Report on vaccination proceedings throughout the Government of Bengal -
Year: 1868
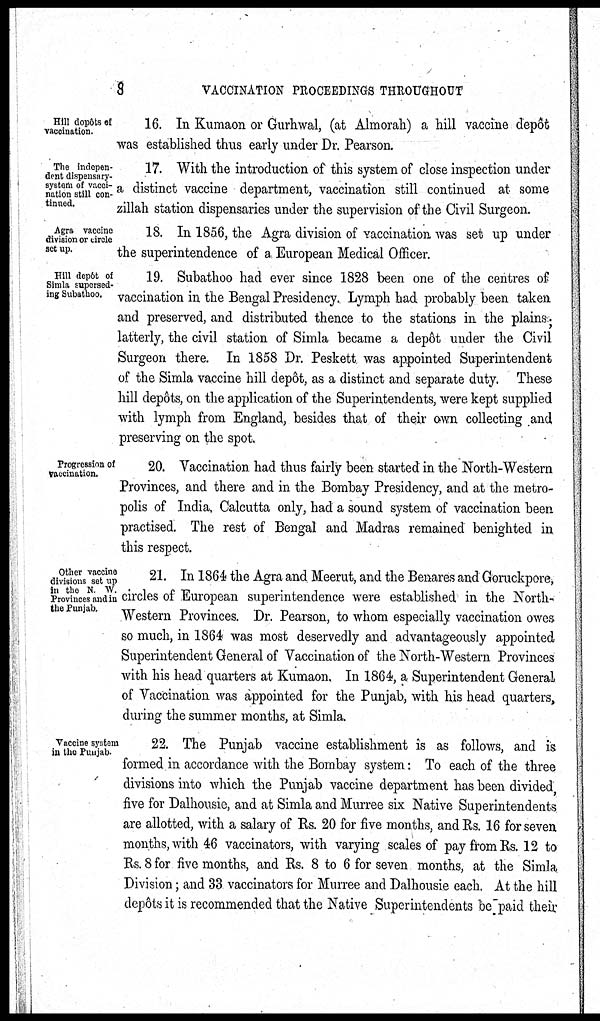
8
VACCINATION PROCEEDINGS THROUGHOUT
Hill dopôts of
vaccination.
16. In Kumaon or Gurhwal, (at Almorah) a hill vaccine depôt
was established thus early under Dr. Pearson.
The indepen-
dent dispensary¬
system of vacci-
nation still con-
tinued.
17. With the introduction of this system of close inspection under
a distinct vaccine department, vaccination still continued at some
zillah station dispensaries under the supervision of the Civil Surgeon.
Agra vaccine
division or circle
set up.
18. In 1856, the Agra division of vaccination was set up under
the superintendence of a European Medical Officer.
Hill depôt of
Simla supersed-
ing Subathoo.
19. Subathoo had ever since 1828 been one of the centres of
vaccination in the Bengal Presidency. Lymph had probably been taken
and preserved, and distributed thence to the stations in the plains;
latterly, the civil station of Simla became a depôt under the Civil
Surgeon there. In 1858 Dr. Peskett was appointed Superintendent
of the Simla vaccine hill depôt, as a distinct and separate duty. These
hill depôts, on the application of the Superintendents, were kept supplied
with lymph from England, besides that of their own collecting and
preserving on the spot.
Progression of
Vaccination.
20. Vaccination had thus fairly been started in the North-Western
Provinces, and there and in the Bombay Presidency, and at the metro-
polis of India, Calcutta only, had a sound system of vaccination been
practised. The rest of Bengal and Madras remained benighted in
this respect.
Other vaccine
divisions set up
in the N W.
Provinces and in
the Punjab.
21. In 1864 the Agra and Meerut, and the Benares and Goruckpore,
circles of European superintendence were established in the North¬
Western Provinces. Dr. Pearson, to whom especially vaccination owes
so much, in 1864 was most deservedly and advantageously appointed
Superintendent General of Vaccination of the North-Western Provinces
with his head quarters at Kumaon. In 1864, a Superintendent General
of Vaccination was appointed for the Punjab, with his head quarters,
during the summer months, at Simla.
Vaccine system
in the Punjab-
22. The Punjab vaccine establishment is as follows, and is
formed in accordance with the Bombay system: To each of the three
divisions into which the Punjab vaccine department has been divided,
five for Dalhousie, and at Simla and Murree six Native Superintendents
are allotted, with a salary of Rs. 20 for five months, and Rs. 16 for seven
months, with 46 vaccinators, with varying scales of pay from Rs. 12 to
Rs. 8 for five months, and Rs. 8 to 6 for seven months, at the Simla
Division; and 33 vaccinators for Murree and Dalhousie each. At the hill
depôts it is recommended that the Native Superintendents be paid their